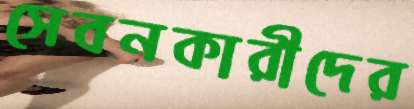
সেবনকারীদের